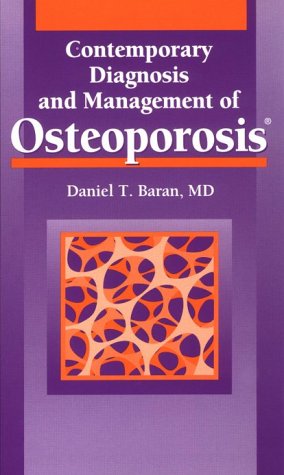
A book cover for Contemporary Diagnosis and Management of Osteoporosis; Daniel T. Baran; Health, Fitness & Dieting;